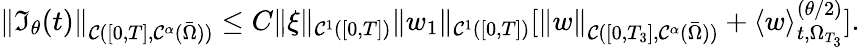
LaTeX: \| \mathfrak{I}_{\theta}(t)\| _{\mathcal{C}([0,T],\mathcal{C}^{\alpha}(\bar{\Omega}))}\leq C\| \xi\| _{\mathcal{C}^{1}([0,T])}\| w_{1}\| _{\mathcal{C}^{1}([0,T])}[\| w\| _{\mathcal{C}([0,T_{3}],\mathcal{C}^{\alpha}(\bar{\Omega}))}+\langle w\rangle_{t,\Omega_{T_{3}}}^{(\theta/2)}].